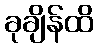
ခုချိန်ထိ